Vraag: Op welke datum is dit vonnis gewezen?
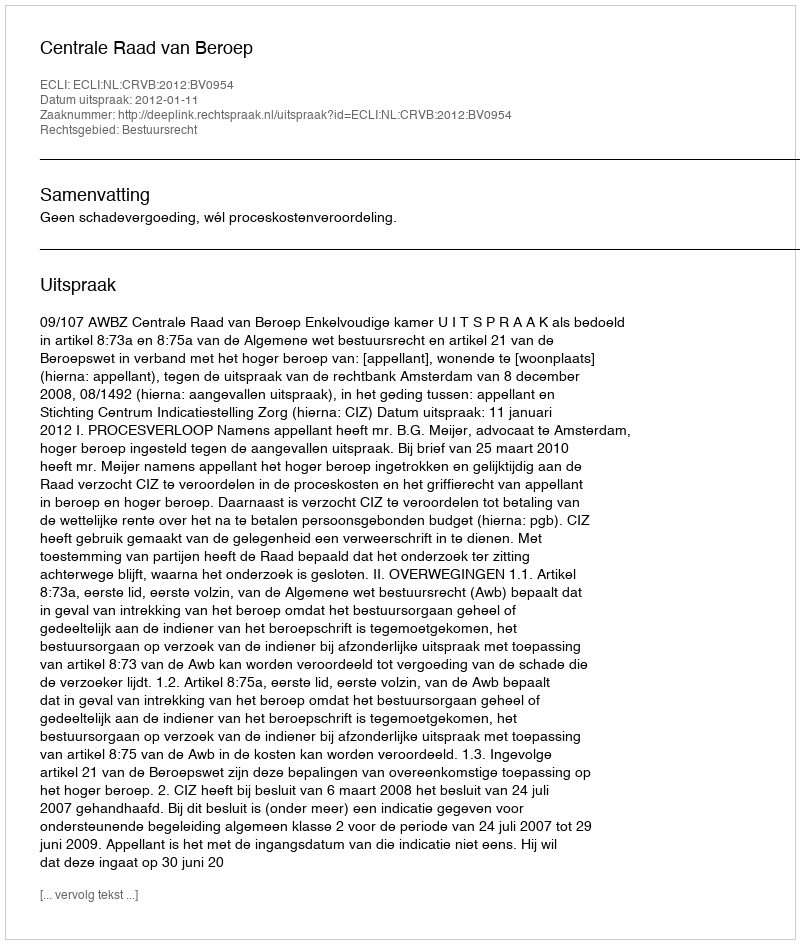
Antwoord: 2012-01-11